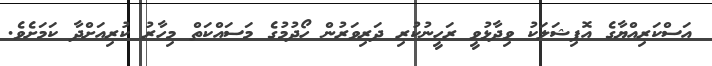
އަސްކަރިއްޔާގެ އޮފިޝަލަކު ވިދާޅުވީ ރަހީނުކުރި ދަރިވަރުން ހޯދުމުގެ މަސައްކަތް މިހާރު ކުރިއަށްދާ ކަމަށެވެ.